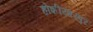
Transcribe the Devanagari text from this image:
होशीयारपुर